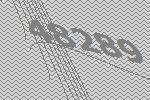
48289